system: You are a helpful assistant.
user:
Analyze the provided spectrum to determine if it is a **M-type Giant (gM)**.

A M-type Giant spectrum is defined by its **strong molecular absorption** features, particularly from **Titanium Oxide (TiO)**. You must check for one of the following mutually exclusive signatures:

- **Key Visual Indicators (Absorption-Dominated Spectrum):**

    - **(Primary):** The spectrum is dominated by strong molecular absorption from **Titanium Oxide (TiO)**. This is the **defining feature** of its M-type temperature class.
        - **(Key Bandheads):** Look for sharp, "saw-tooth" absorption valleys. The strongest are located near **~7050 Å**, **~6160 Å**, and **~5170 Å**.
        - **(Line Profile):** The "saw-tooth" morphology is critical: a **sharp, steep drop on the BLUE (short-wavelength) side** of the bandhead, followed by a gradual recovery (rising flux) towards the RED (long-wavelength) side.

    - **(Key Confirmation - Giant vs. Dwarf):** **ABSENCE** of strong **Calcium Hydride (CaH)** molecular bands. This is the primary diagnostic for *excluding* M-dwarfs.
        - **(Key Region):** The spectrum should lack the strong, broad absorption band seen in dwarfs between **~6800 Å and ~7000 Å**.

    - **(Secondary Confirmation - Giant):** A very strong and broad **Neutral Calcium (Ca I)** atomic absorption line.
        - **(Key Line):** Located at **~4226 Å**. In a giant (gM), this line is significantly deeper and broader than the same line in an M-dwarf (dM) due to low surface gravity.

    - **(Overall Spectrum):**
        - The continuum is **extremely red-sloping** (i.e., flux is very low in the blue and rises dramatically towards the red).
        - The entire spectrum appears "chopped up" by the deep TiO bands.

Think first, call **spectral_visualization_tool** if needed to examine features in detail, then provide your final answer. Your response must adhere to the following strict rules:
1.  **Overall Structure:** Your response must follow the format `<think>...</think> <tool_call>...</tool_call> (if a tool is used) <answer>...</answer>`.
2.  **Tool Usage Constraint:** You may only make **one** tool call per turn.
3.  **Final Answer Format:** In the `<answer>` tag, your conclusion must be inside a `\boxed{}` command (e.g., `\boxed{YES}` or `\boxed{NO}`), followed by your justification.

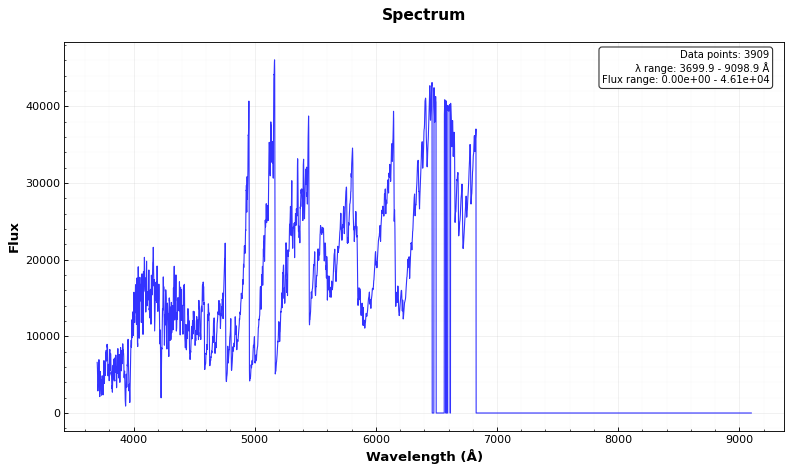
Answer: YES